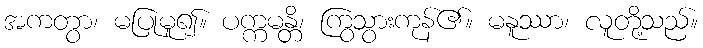
အကတွာ၊ မပြုမူ၍။ ပက္ကမန္တိ၊ ကြွသွားကုန်၏။ မနူဿာ၊ လူတို့သည်။